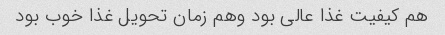
هم کیفیت غذا عالی بود و‌هم زمان تحویل غذا خوب بود